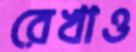
রেখাও